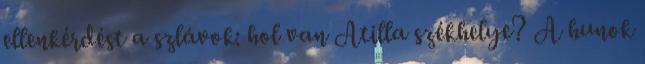
ellenkérdést a szlávok: hol van Atilla székhelye? A hunok